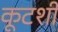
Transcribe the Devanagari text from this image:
कूटशी